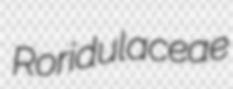
Roridulaceae